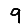
Digit: 9